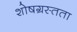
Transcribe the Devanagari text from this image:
शोषग्रस्तता